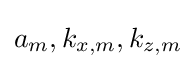
a_{m},k_{x,m},k_{z,m}